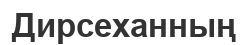
Дирсеханның